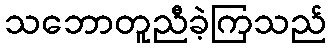
သဘောတူညီခဲ့ကြသည်